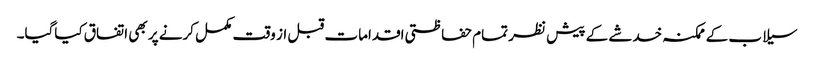
سیلاب کے ممکنہ خدشے کے پیش نظر تمام حفاظتی اقدامات قبل از وقت مکمل کرنے پر بھی اتفاق کیاگیا۔